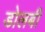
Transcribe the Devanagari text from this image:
डोलबी